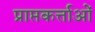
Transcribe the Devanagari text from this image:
प्राप्तकर्त्ताओं